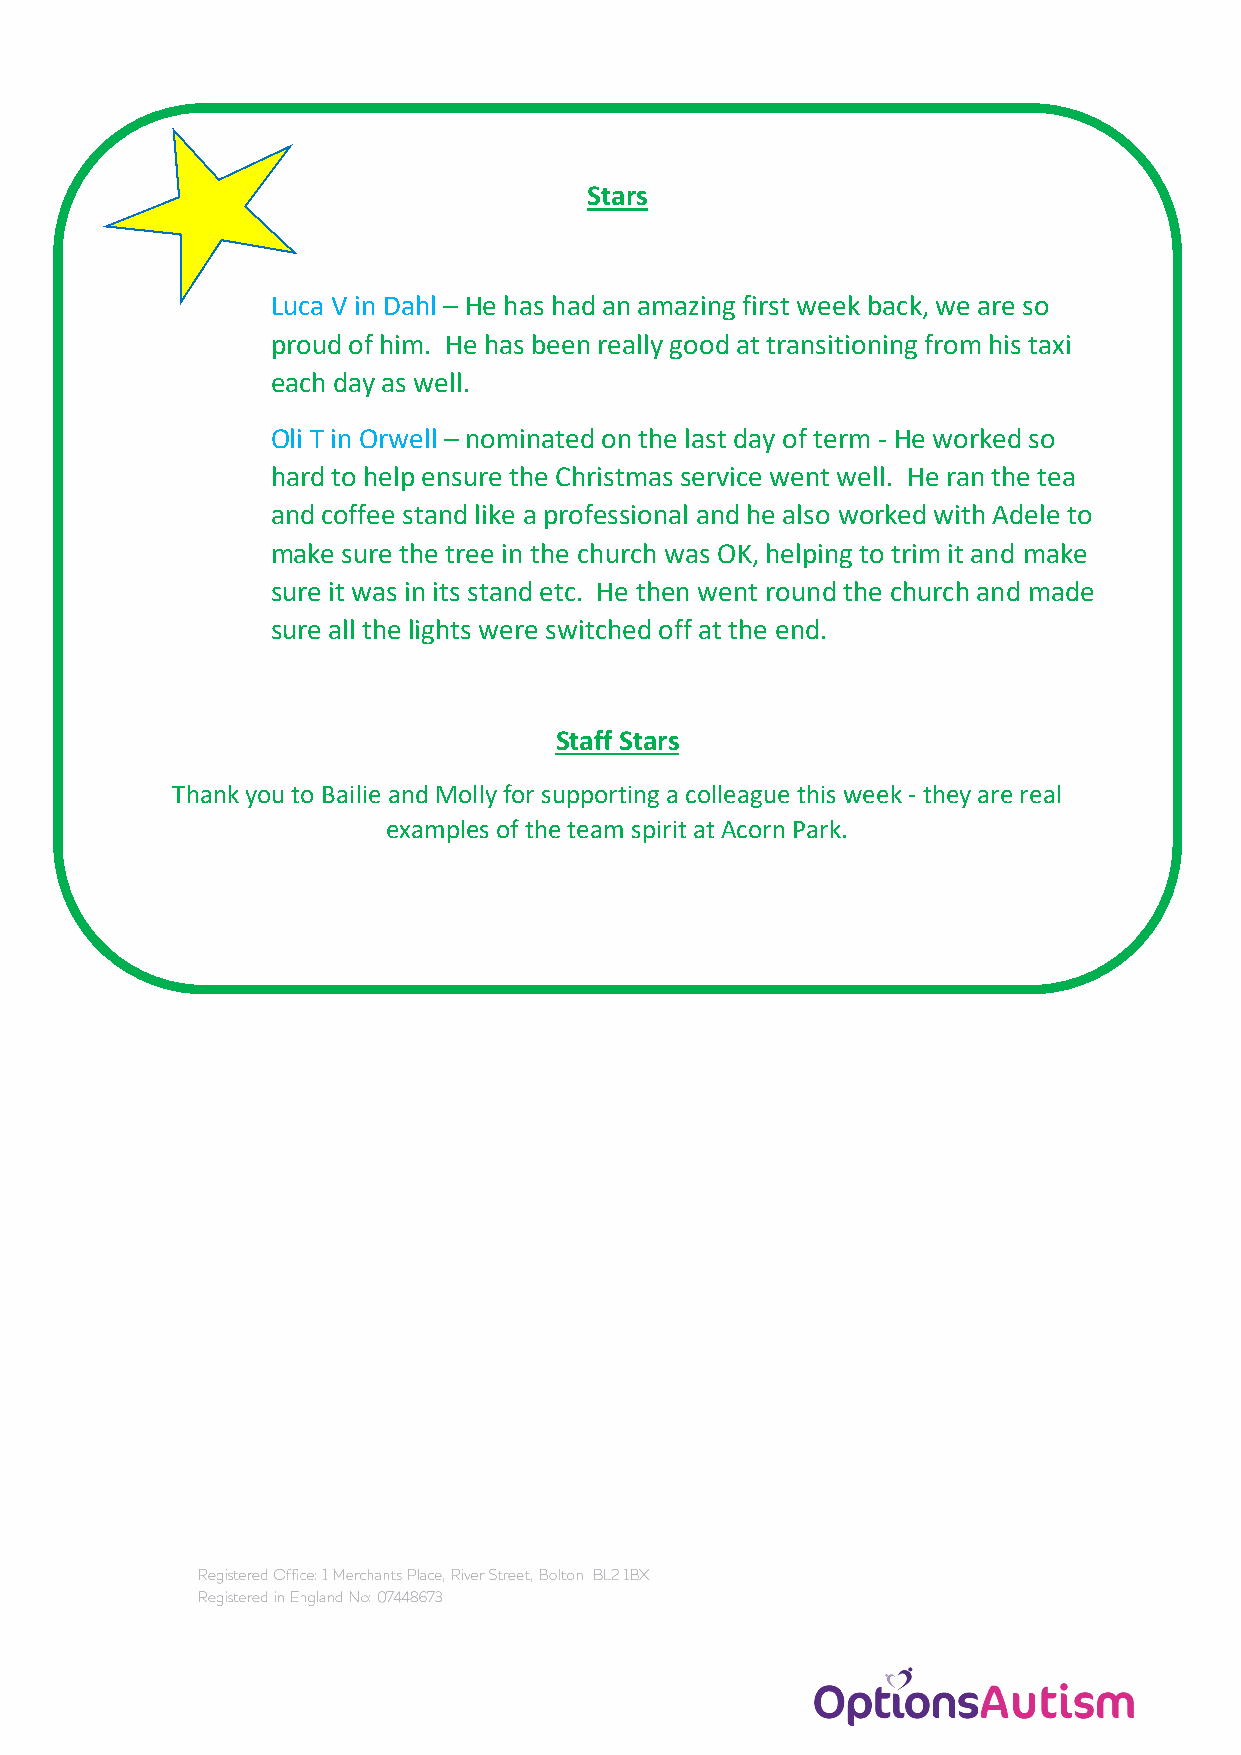
Stars
 Luca V in Dahl – He has had an amazing first week back, we are so
 proud of him. He has been really good at transitioning from his taxi
 each day as well.
 Oli T in Orwell – nominated on the last day of term - He worked so
 hard to help ensure the Christmas service went well. He ran the tea
 and coffee stand like a professional and he also worked with Adele to
 make sure the tree in the church was OK, helping to trim it and make
 sure it was in its stand etc. He then went round the church and made
 sure all the lights were switched off at the end.
 Staff Stars
 Thank you to Bailie and Molly for supporting a colleague this week - they are real
 examples of the team spirit at Acorn Park.